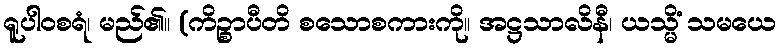
ရူပါဝစရံ၊ မည်၏။ (ကိဉ္စာပီတိ စသောစကားကို။ အဋ္ဌသာလိနီ၊ ယသ္မိံ သမယေ